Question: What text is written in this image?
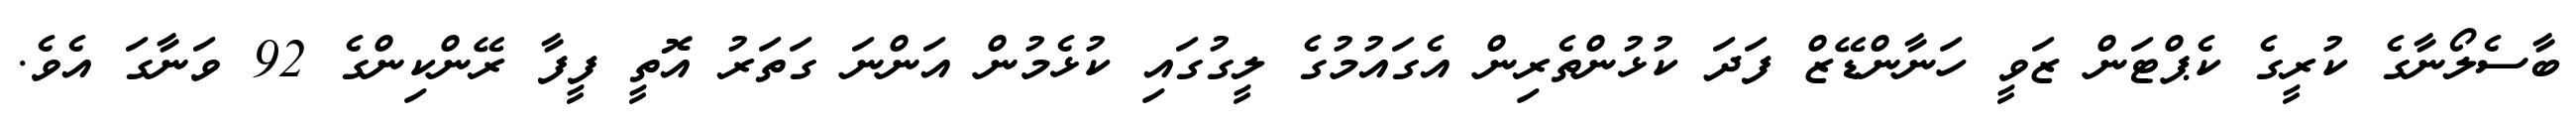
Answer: ބާސެލޯނާގެ ކުރީގެ ކެޕްޓަން ޒަވީ ހަނާންޑޭޒް ފަދަ ކުޅުންތެރިން އެގައުމުގެ ލީގުގައި ކުޅެމުން އަންނަ ގަތަރު އޮތީ ފީފާ ރޭންކިންގެ 92 ވަނާގަ އެވެ.